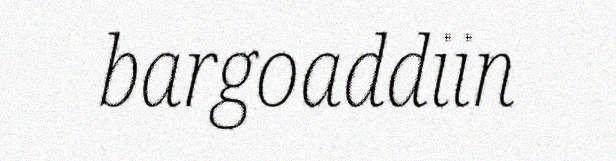
bargoaddiin